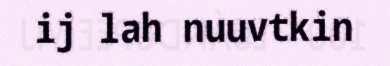
ij lah nuuvtkin